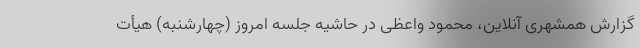
گزارش همشهری آنلاین، محمود واعظی در حاشیه جلسه امروز (چهارشنبه) هیأت